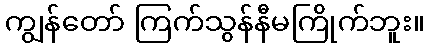
ကျွန်တော် ကြက်သွန်နီမကြိုက်ဘူး။